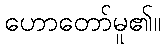
ဟောတော်မူ၏။